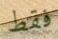
فقط